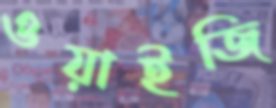
ওয়াইজি